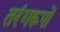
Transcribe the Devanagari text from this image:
तरंगरूपों